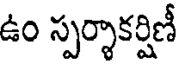
ఉం స్పర్శాకర్షిణీ